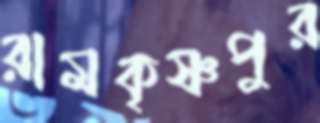
রামকৃষ্ণপুর